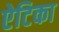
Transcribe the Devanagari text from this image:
ऐटिका